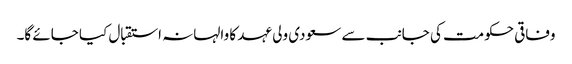
وفاقی حکومت کی جانب سے سعودی ولی عہد کا والہانہ استقبال کیا جائے گا۔